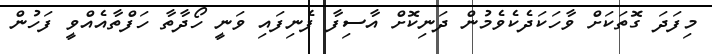
މިފަދަ ގޮތަކަށް ވާހަކަދެެކެވެމުން ދަނިކޮށް އާސިފާ ފެނިފައި ވަނީ ހޯދާތާ ހަފްތާއެއްވީ ފަހުން